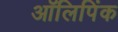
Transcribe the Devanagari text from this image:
ऑलिपिंक